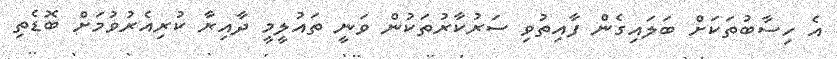
އެ ހިސާބުތަކަށް ބަލައިގެން ފާއިތުވި ސަރުކާރުތަކުން ވަނީ ތައުލީމީ ދާއިރާ ކުރިއެރުވުމަށް ބޮޑެތި